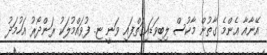
އޭނާއާ އެންމެ ގާތުން މާކުސް ލިބިވަޑައިގަތްފައި ވަނީ ޏ. ފުވައްމުލަކު ރަންދޯރު އަހުމަދު